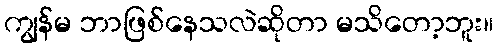
ကျွန်မ ဘာဖြစ်နေသလဲဆိုတာ မသိတော့ဘူး။